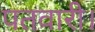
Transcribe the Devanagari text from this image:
पतवारी।